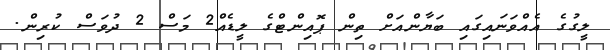
ލީގުގެ އެއްވަނައިގައި ބަޔާންއަށް ތިން ޕޮއިންޓްގެ ލީޑެއް2 މަސް 2 ދުވަސް ކުރިން.